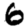
Digit: 6